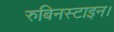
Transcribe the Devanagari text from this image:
रुबिनस्टाइन।